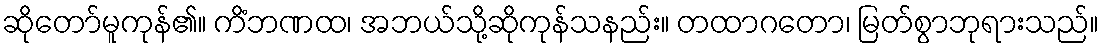
ဆိုတော်မူကုန်၏။ ကိံဘဏထ၊ အဘယ်သို့ဆိုကုန်သနည်း။ တထာဂတော၊ မြတ်စွာဘုရားသည်။